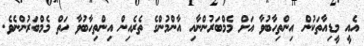
އެއީ މީޑިއާތަކުން އިންތިހާބުވާ އަށް މެމްބަރުންނާއި އާންމުންގެ ތެރެއިން އިންތިހާބުވާ ހަތް މެމްބަރުންނެވެ.